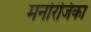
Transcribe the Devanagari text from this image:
मनोरंजिका